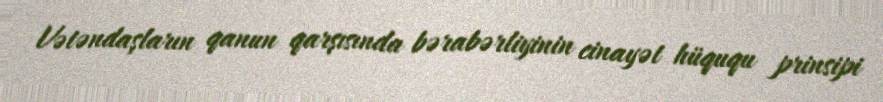
Vətəndaşların qanun qarşısında bərabərliyinin cinayət hüququ prinsipi